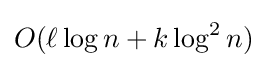
O(\ell \log n+k\log ^{2}n)